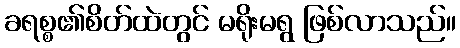
ခရစ္စ၏စိတ်ထဲတွင် မရိုးမရွ ဖြစ်လာသည်။